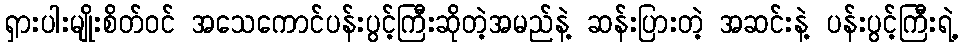
ရှားပါးမျိုးစိတ်ဝင် အသေကောင်ပန်းပွင့်ကြီးဆိုတဲ့အမည်နဲ့ ဆန်းပြားတဲ့ အဆင်းနဲ့ ပန်းပွင့်ကြီးရဲ့